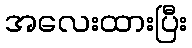
အလေးထားပြီး